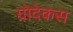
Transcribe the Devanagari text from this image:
ग्रोदेकस